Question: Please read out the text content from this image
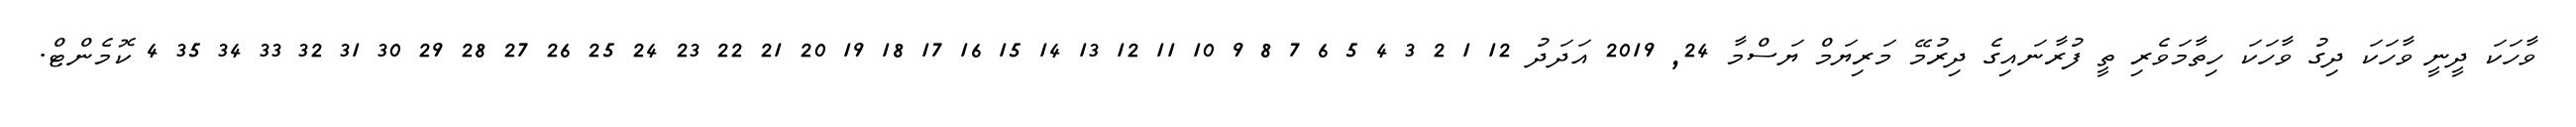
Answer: ވާހަކަ ދީނީ ވާހަކަ ދިގު ވާހަކަ ހިތާމަވެރި ތީ ފުރާނައިގެ ދިރުމޭ މަރިޔަމް ޔަސްމާ 24, 2019 އަދަދު 12 1 2 3 4 5 6 7 8 9 10 11 12 13 14 15 16 17 18 19 20 21 22 23 24 25 26 27 28 29 30 31 32 33 34 35 4 ކޮމެންޓް.